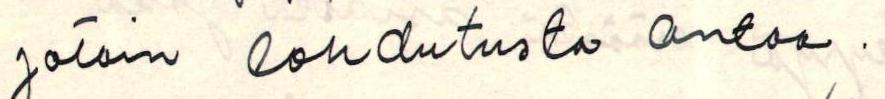
jotain lohdutusta antaa.